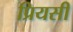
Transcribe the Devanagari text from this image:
प्रियसी